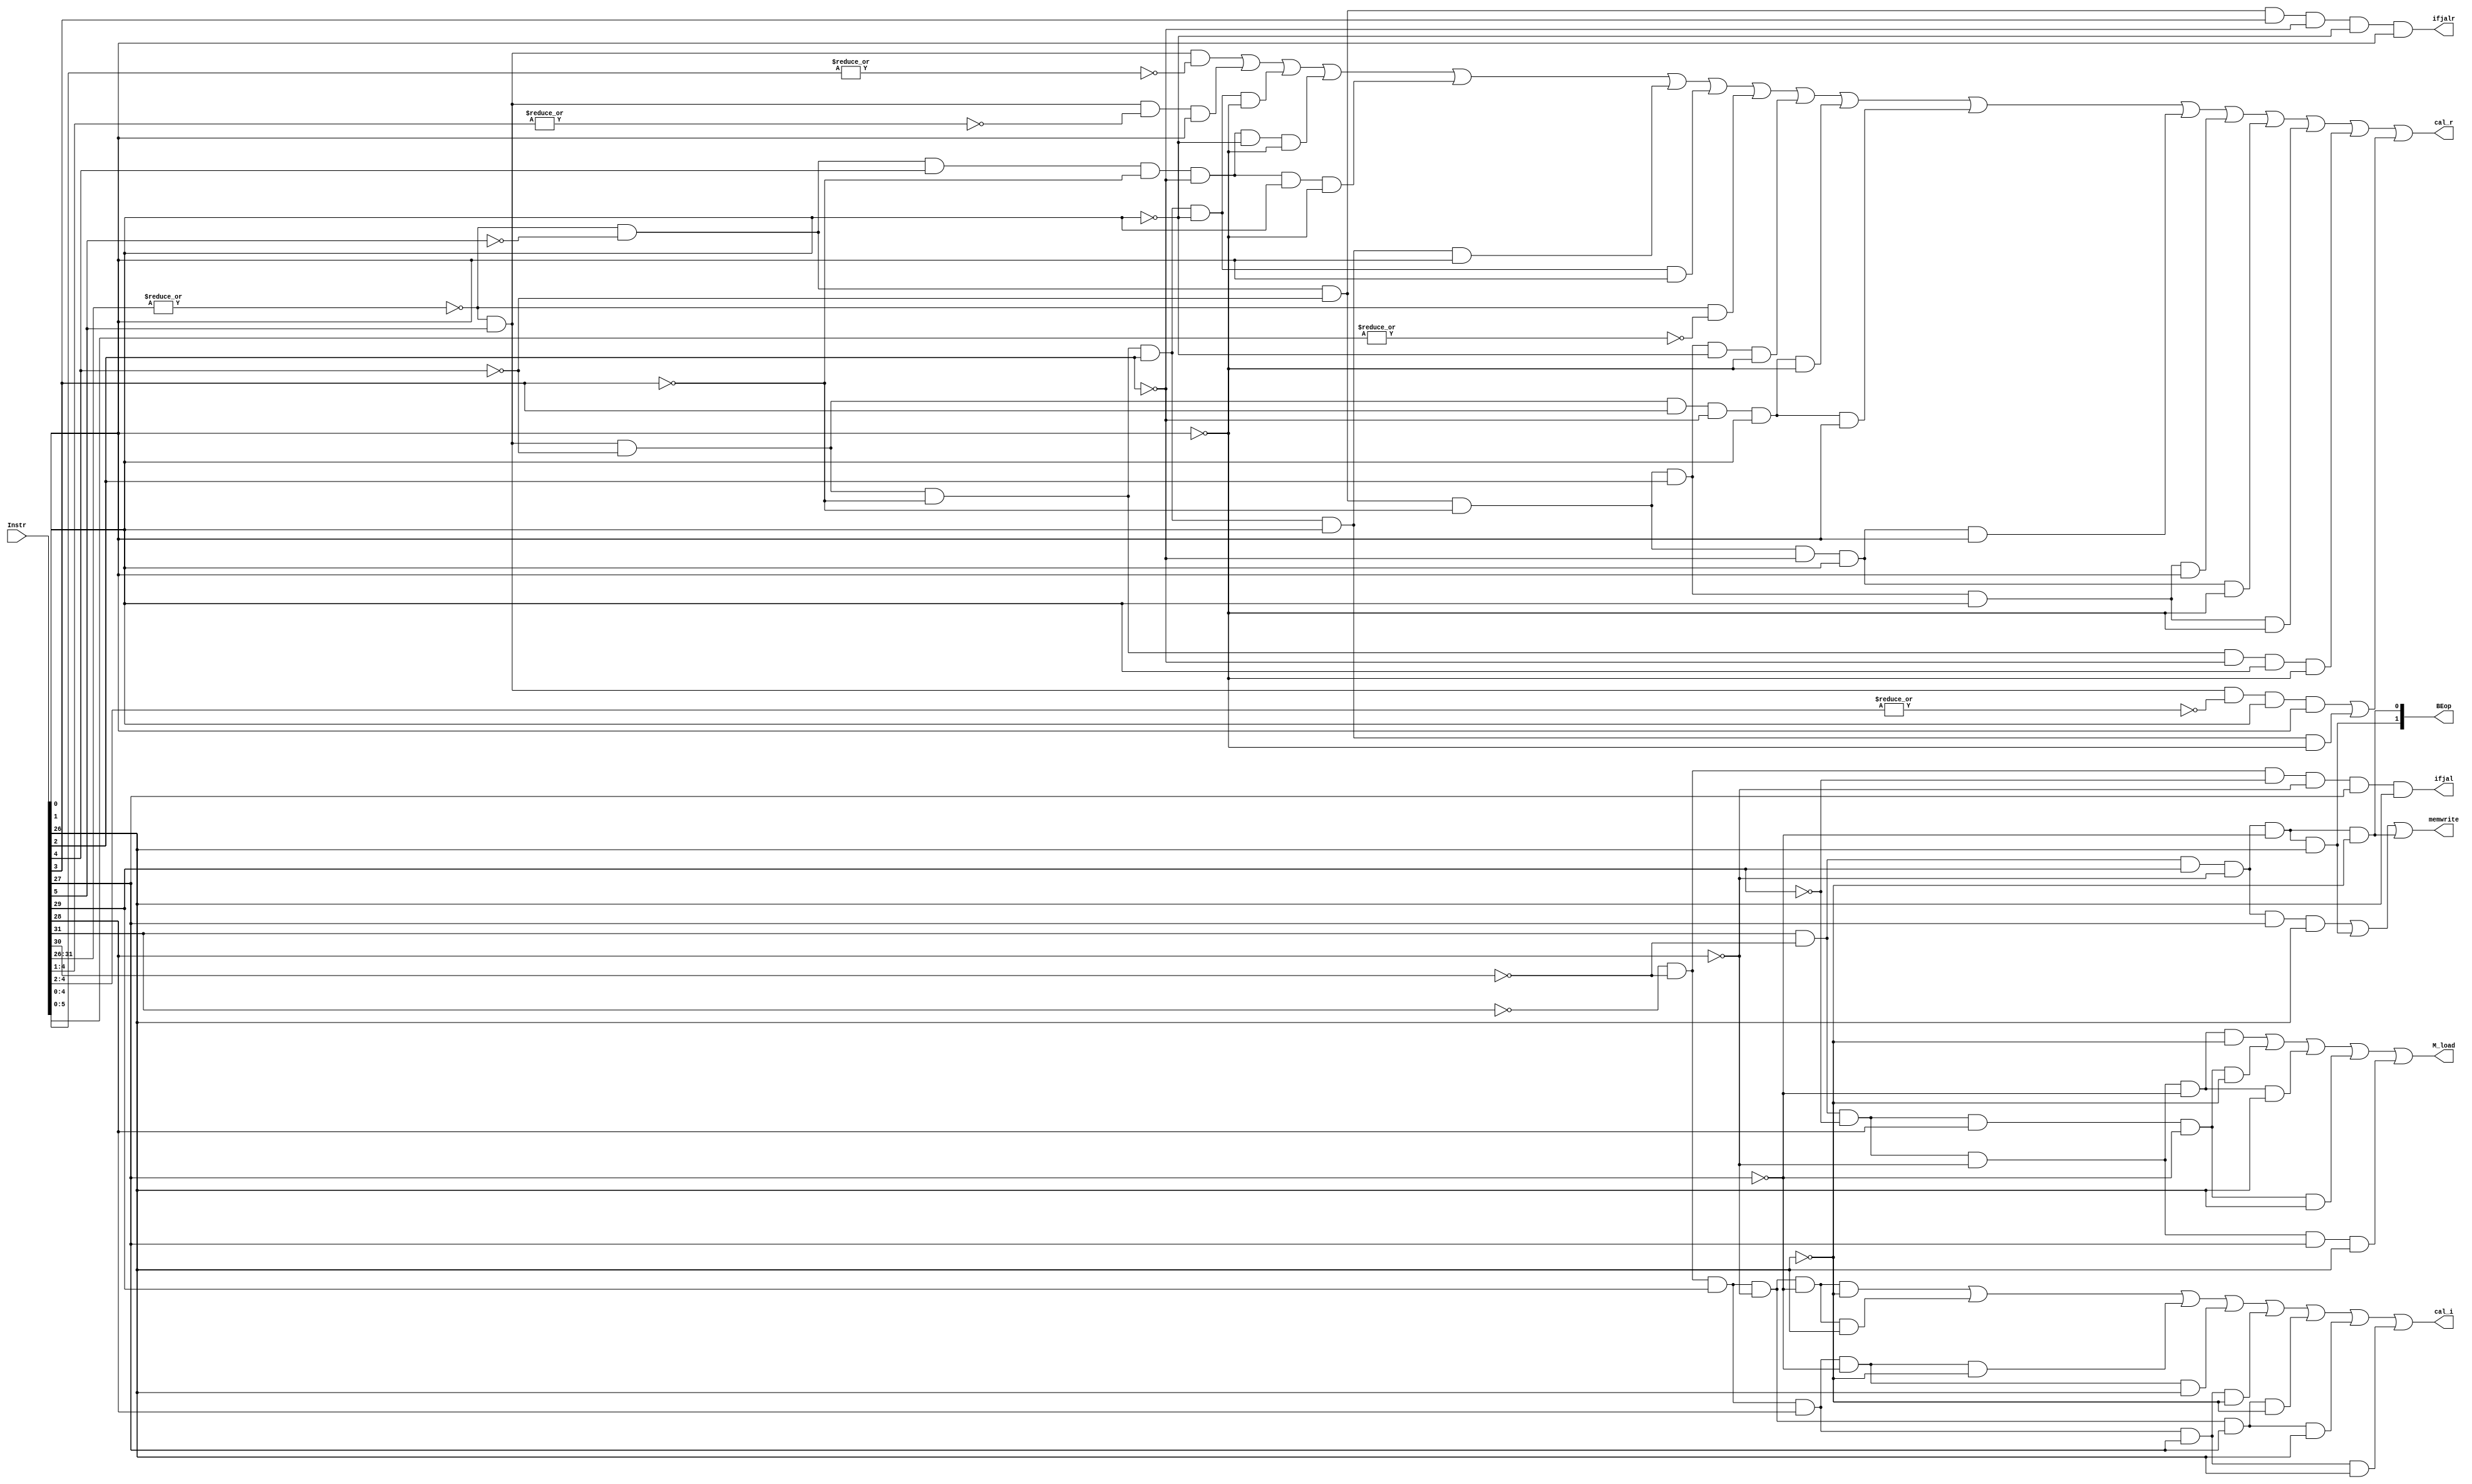
`timescale 1ns / 1ps
//////////////////////////////////////////////////////////////////////////////////
// Company: 
// Engineer: 
// 
// Design Name: 
// Module Name:    controller_M 
// Project Name: 
// Target Devices: 
// Tool versions: 
// Description: 
//
// Dependencies: 
//
// Revision: 
// Revision 0.01 - File Created
// Additional Comments: 
//
//////////////////////////////////////////////////////////////////////////////////
module controller_M(
    input [31:0] Instr,
	 output memwrite,
	 output [1:0]BEop,//00sw,01sb,10sh
	 output cal_r,
	 output cal_i,
	 output ifjal,
	 output ifjalr,
	 output M_load
    );
wire addu,subu,ori,add,sub,mult,multu,div,divu,sll,srl,sra,sllv,srlv,srav,and_,or_,xor_,nor_,addi,addiu,andi,
		xori,lui,slt,slti,sltiu,sltu,	mfhi,mflo,mthi,mtlo,
		sw,lw,lb,lbu,lh,lhu,sb,sh,
		beq,bne,blez,bgtz,bltz,bgez,
		j,jal,jr,jalr;
		
///
assign addu = (~|Instr[31:26])&Instr[5]&(~|Instr[4:1])&Instr[0];
assign subu = (~|Instr[31:26])&Instr[5]&(~|Instr[4:2])&Instr[1]&Instr[0];
assign ori	=  ~Instr[31]&~Instr[30]&Instr[29]&Instr[28]&~Instr[27]&Instr[26];
assign lui	=	~Instr[31]&~Instr[30]&Instr[29]&Instr[28]&Instr[27]&Instr[26];
assign add  =  (~|Instr[31:26])&Instr[5]&(~|Instr[4:0]);
assign addi =  ~Instr[31]&~Instr[30]&Instr[29]&~Instr[28]&~Instr[27]&~Instr[26];
assign addiu=  ~Instr[31]&~Instr[30]&Instr[29]&~Instr[28]&~Instr[27]&Instr[26];
assign and_ =  (~|Instr[31:26])&Instr[5]&~Instr[4]&~Instr[3]&Instr[2]&~Instr[1]&~Instr[0];
assign andi =  ~Instr[31]&~Instr[30]&Instr[29]&Instr[28]&~Instr[27]&~Instr[26];
assign div  =  (~|Instr[31:26])&~Instr[5]&Instr[4]&Instr[3]&~Instr[2]&Instr[1]&~Instr[0];
assign divu =  (~|Instr[31:26])&~Instr[5]&Instr[4]&Instr[3]&~Instr[2]&Instr[1]&Instr[0];
assign mfhi =  (~|Instr[31:26])&~Instr[5]&Instr[4]&~Instr[3]&~Instr[2]&~Instr[1]&~Instr[0];
assign mflo =  (~|Instr[31:26])&~Instr[5]&Instr[4]&~Instr[3]&~Instr[2]&Instr[1]&~Instr[0];
assign mthi =  (~|Instr[31:26])&~Instr[5]&Instr[4]&~Instr[3]&~Instr[2]&~Instr[1]&Instr[0];
assign mtlo =  (~|Instr[31:26])&~Instr[5]&Instr[4]&~Instr[3]&~Instr[2]&Instr[1]&Instr[0];
assign mult =  (~|Instr[31:26])&~Instr[5]&Instr[4]&Instr[3]&~Instr[2]&~Instr[1]&~Instr[0];
assign multu=  (~|Instr[31:26])&~Instr[5]&Instr[4]&Instr[3]&~Instr[2]&~Instr[1]&Instr[0];
assign nor_ =  (~|Instr[31:26])&Instr[5]&~Instr[4]&~Instr[3]&Instr[2]&Instr[1]&Instr[0];
assign or_  =  (~|Instr[31:26])&Instr[5]&~Instr[4]&~Instr[3]&Instr[2]&~Instr[1]&Instr[0];
assign sll  =  (~|Instr[31:26])&(~|Instr[5:0]);
assign sllv =  (~|Instr[31:26])&~Instr[5]&~Instr[4]&~Instr[3]&Instr[2]&~Instr[1]&~Instr[0];
assign slt  =  (~|Instr[31:26])&Instr[5]&~Instr[4]&Instr[3]&~Instr[2]&Instr[1]&~Instr[0];
assign slti =  ~Instr[31]&~Instr[30]&Instr[29]&~Instr[28]&Instr[27]&~Instr[26];
assign sltiu=  ~Instr[31]&~Instr[30]&Instr[29]&~Instr[28]&Instr[27]&Instr[26];
assign sltu =  (~|Instr[31:26])&Instr[5]&~Instr[4]&Instr[3]&~Instr[2]&Instr[1]&Instr[0];
assign sra  =  (~|Instr[31:26])&~Instr[5]&~Instr[4]&~Instr[3]&~Instr[2]&Instr[1]&Instr[0];
assign srav =  (~|Instr[31:26])&~Instr[5]&~Instr[4]&~Instr[3]&Instr[2]&Instr[1]&Instr[0];
assign srl  =  (~|Instr[31:26])&~Instr[5]&~Instr[4]&~Instr[3]&~Instr[2]&Instr[1]&~Instr[0];
assign srlv =  (~|Instr[31:26])&~Instr[5]&~Instr[4]&~Instr[3]&Instr[2]&Instr[1]&~Instr[0];
assign sub  =  (~|Instr[31:26])&Instr[5]&~Instr[4]&~Instr[3]&~Instr[2]&Instr[1]&~Instr[0];
assign xor_ =  (~|Instr[31:26])&Instr[5]&~Instr[4]&~Instr[3]&Instr[2]&Instr[1]&~Instr[0];
assign xori =  ~Instr[31]&~Instr[30]&Instr[29]&Instr[28]&Instr[27]&~Instr[26];

//b
assign beq	=	~Instr[31]&~Instr[30]&~Instr[29]&Instr[28]&~Instr[27]&~Instr[26];
assign bgez =  ~Instr[31]&~Instr[30]&~Instr[29]&~Instr[28]&~Instr[27]&Instr[26]&(~|Instr[20:17])&Instr[16];
assign bgtz =  ~Instr[31]&~Instr[30]&~Instr[29]&Instr[28]&Instr[27]&Instr[26];
assign blez =  ~Instr[31]&~Instr[30]&~Instr[29]&Instr[28]&Instr[27]&~Instr[26];
assign bltz =  ~Instr[31]&~Instr[30]&~Instr[29]&~Instr[28]&~Instr[27]&Instr[26]&(~|Instr[20:16]);
assign bne  =  ~Instr[31]&~Instr[30]&~Instr[29]&Instr[28]&~Instr[27]&Instr[26];

//J
assign j		=	~Instr[31]&~Instr[30]&~Instr[29]&~Instr[28]&Instr[27]&~Instr[26];
assign jal	=	~Instr[31]&~Instr[30]&~Instr[29]&~Instr[28]&Instr[27]&Instr[26];
assign jr	=	(~|Instr[31:26])&~Instr[5]&~Instr[4]&Instr[3]&~Instr[2]&~Instr[1]&~Instr[0];
assign jalr =  (~|Instr[31:26])&~Instr[5]&~Instr[4]&Instr[3]&~Instr[2]&~Instr[1]&Instr[0];

//
assign sw	=	Instr[31]&~Instr[30]&Instr[29]&~Instr[28]&Instr[27]&Instr[26];
assign sb   =  Instr[31]&~Instr[30]&Instr[29]&~Instr[28]&~Instr[27]&~Instr[26];
assign sh   =  Instr[31]&~Instr[30]&Instr[29]&~Instr[28]&~Instr[27]&Instr[26];
assign lw	=	Instr[31]&~Instr[30]&~Instr[29]&~Instr[28]&Instr[27]&Instr[26];
assign lb   =  Instr[31]&~Instr[30]&~Instr[29]&~Instr[28]&~Instr[27]&~Instr[26];
assign lbu  =  Instr[31]&~Instr[30]&~Instr[29]&Instr[28]&~Instr[27]&~Instr[26];
assign lh   =  Instr[31]&~Instr[30]&~Instr[29]&~Instr[28]&~Instr[27]&Instr[26];
assign lhu  =  Instr[31]&~Instr[30]&~Instr[29]&Instr[28]&~Instr[27]&Instr[26];

assign cal_r=add|addu|and_|mfhi|mflo|nor_|or_|sll|sllv|slt|sltu|sra|srav|srl|srlv|sub||subu|xor_;
assign cal_i = addi|addiu|andi|ori|xori|slti|sltiu|lui;


assign M_load = lb|lbu|lh|lhu|lw;
assign memwrite=sw|sh|sb;
wire BEop0,BEop1;
assign BEop0=sb;
assign BEop1=sh;
assign BEop={BEop1,BEop0};

assign ifjal=jal;
assign ifjalr=jalr;
endmodule